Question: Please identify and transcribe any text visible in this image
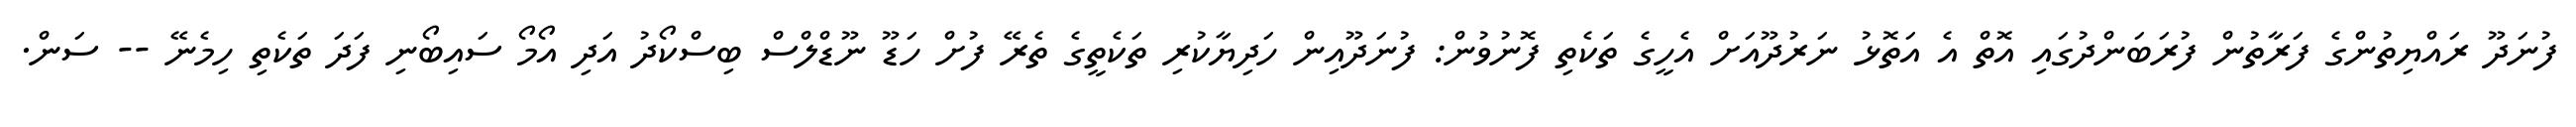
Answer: ފުނަދޫ ރައްޔިތުންގެ ފަރާތުން ފުރަބަންދުގައި އޮތް އެ އަތޮޅު ނަރުދޫއަށް އެހީގެ ތަކެތި ފޮނުވުން: ފުނަދޫއިން ހަދިޔާކުރި ތަކެތީގެ ތެރޭ ފުށް ހަޑޫ ނޫޑްލްސް ބިސްކޯދު އަދި އޯމޯ ސައިބޯނި ފަދަ ތަކެތި ހިމެނޭ -- ސަން.